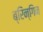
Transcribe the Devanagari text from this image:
ब्रिन्गिन